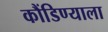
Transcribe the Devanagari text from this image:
कौंडिण्याला